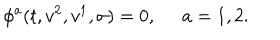
\phi ^ { a } ( t , v ^ { 2 } , v ^ { 1 } , \sigma ) = 0 , \ \; a = 1 , 2 .